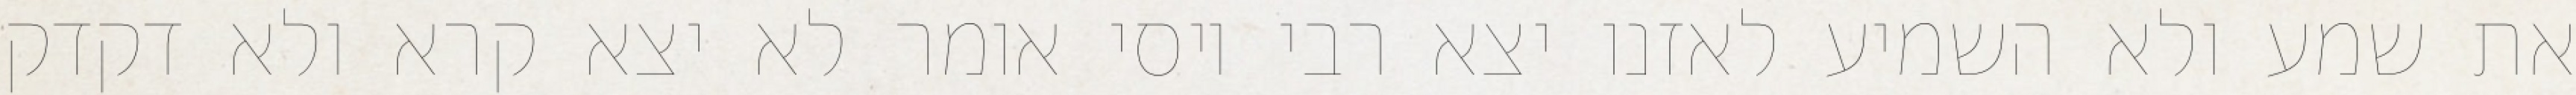
את שמע ולא השמיע לאזנו יצא רבי יוסי אומר לא יצא קרא ולא דקדק